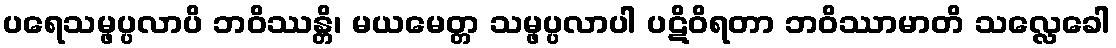
ပရေသမ္ဖပ္ပလာပိ ဘဝိဿန္တိ၊ မယမေတ္တ သမ္ဖပ္ပလာပါ ပဋိဝိရတာ ဘဝိဿာမာတိ သလ္လေခေါ